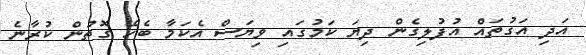
އަދި އަގުތައް އުފުލިގެން ދިޔަ ކަމުގައި ވިޔަސް އެކަމާ ބެހޭ ގޮތުން ކުރާނެ